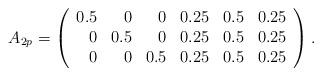
LaTeX: \begin{align*}A_{2p}=\left(\begin{array}{rrrrrr}0.5 &0 &0 &0.25 &0.5 &0.25 \\0 &0.5 &0 &0.25 &0.5 &0.25 \\0 &0 &0.5 &0.25 &0.5 &0.25 \\\end{array}\right).\end{align*}